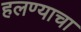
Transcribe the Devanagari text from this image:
हलण्याचा